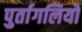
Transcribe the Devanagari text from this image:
पुर्तागलियों